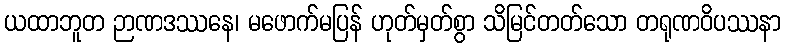
ယထာဘူတ ဉာဏဒဿနေ၊ မဖောက်မပြန် ဟုတ်မှတ်စွာ သိမြင်တတ်သော တရုဏဝိပဿနာ